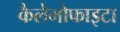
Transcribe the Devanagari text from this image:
कैलेमोफाइटा